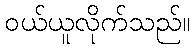
ဝယ်ယူလိုက်သည်။